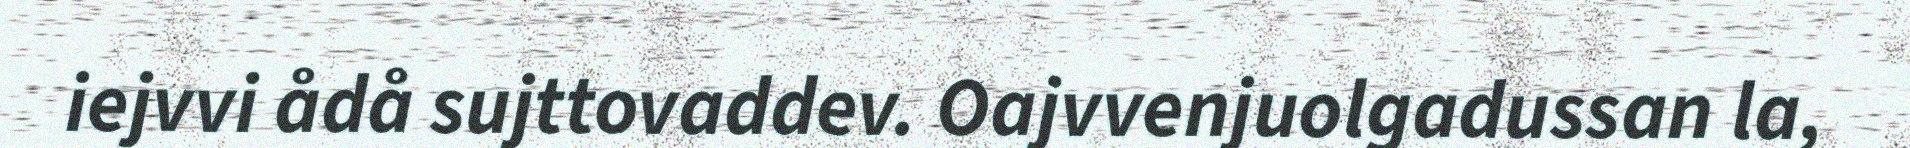
iejvvi ådå sujttovaddev. Oajvvenjuolgadussan la,